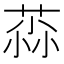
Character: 𫈳